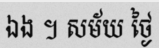
ឯង ។ សម័យ ថ្ងៃ